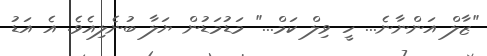
"ޒާލް އަންނާނެ... ހީ ވިލް ކަމް..." މަޑުމަޑުން ޔަލާ ބުނެލިއެވެ. އެ އަޑު